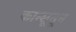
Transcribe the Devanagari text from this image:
कान्सूतून